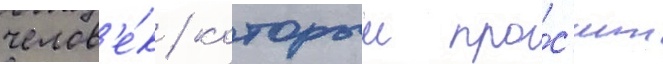
челов'е́к / которыи про́с'ит